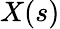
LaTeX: X(s)